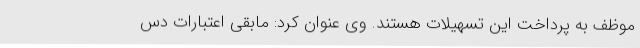
موظف به پرداخت این تسهیلات هستند. وی عنوان کرد: مابقی اعتبارات دس